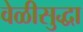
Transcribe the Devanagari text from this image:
वेळीसुद्धा